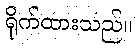
ရိုက်ထားသည်။